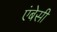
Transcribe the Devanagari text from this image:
एंबेसी